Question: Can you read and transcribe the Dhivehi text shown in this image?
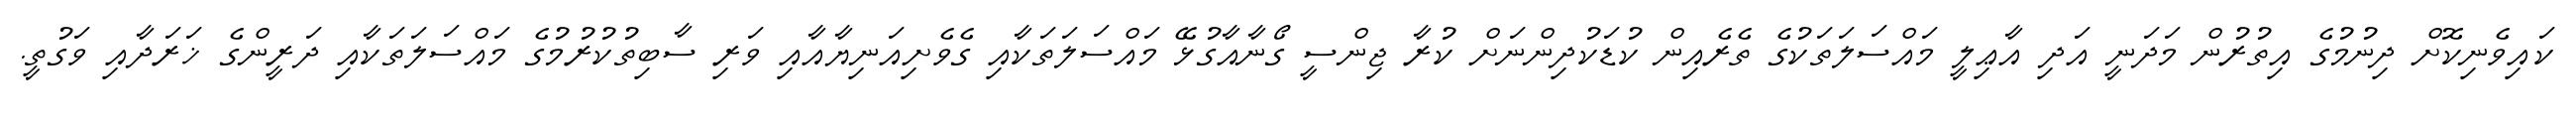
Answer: ކައިވެނިކޮށް ދިނުމުގެ އިތުރުން މަދަނީ އަދި އާޢިލީ މައްސަލަތަކުގެ ތެރެއިން ކުޑަކުދިންނަށް ކުރާ ޖިންސީ ގޯނާއާގުޅޭ މައްސަލަތަކާއި ގެވެށިއަނިޔާއާއި ވަރި ސާބިތުކުރުމުގެ މައްސަލަތަކާއި ދަރީންގެ ޚަރަދާއި ވަގުތީ.